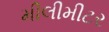
મીલીમીટર